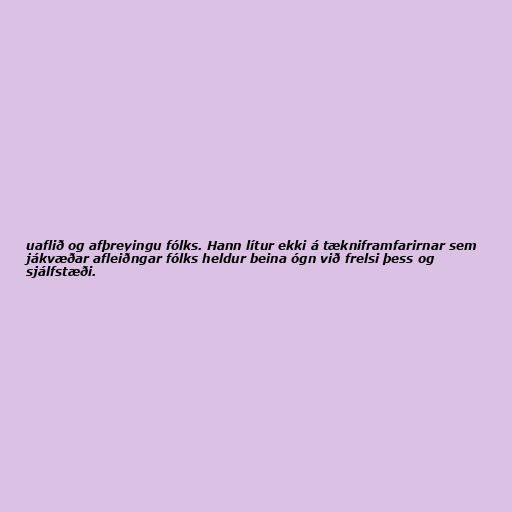
uaflið og afþreyingu fólks. Hann lítur ekki á tækniframfarirnar sem
jákvæðar afleiðngar fólks heldur beina ógn við frelsi þess og
sjálfstæði.